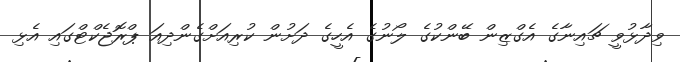
ވިދާޅުވީ ޗައިނާގެ އެގްޒިން ބޭންކުގެ ލޯނުގެ އެހީގެ ދަށުން ކުރިއަށްގެންދިއަ ޕްރޮޖެކްޓްގައި އެޅި